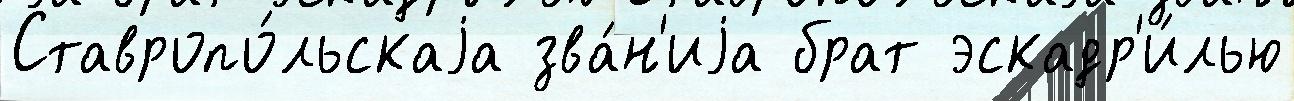
Ставропо́льскаjа зва́н'иjа брат эскадр'и́лью